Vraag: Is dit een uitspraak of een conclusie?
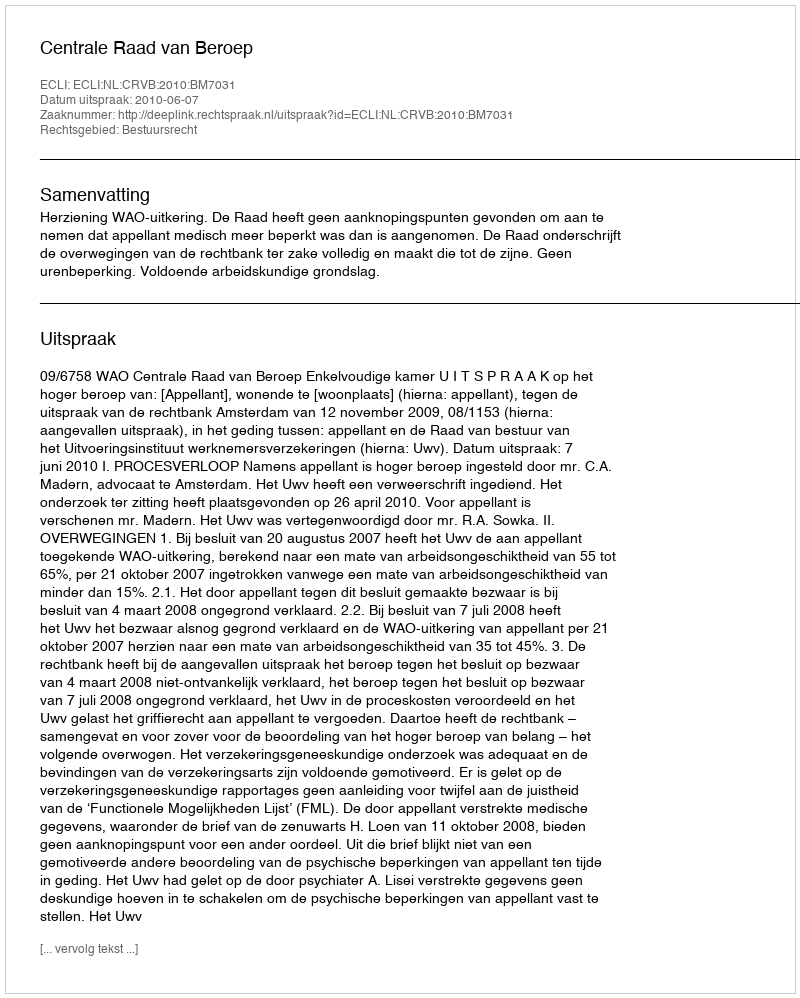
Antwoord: Uitspraak